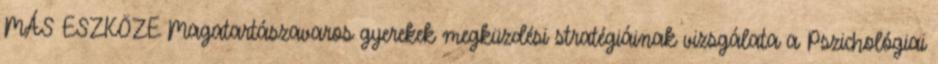
MÁS ESZKÖZE Magatartászavaros gyerekek megküzdési stratégiáinak vizsgálata a Pszichológiai